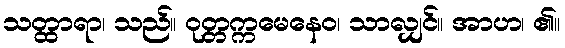
သတ္ထာရာ၊ သည်။ ဝုတ္တက္ကမေနေဝ၊ သာလျှင်။ အာဟ၊ ၏။